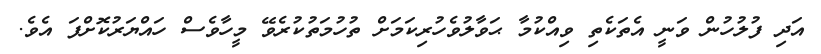
އަދި ފުލުހުން ވަނީ އެތަކެތި ވިއްކުމާ ޙަވާލުވެހުރިކަމަށް ތުހުމަތުކުރެވޭ މީހާވެސް ހައްޔަރުކޮށްފަ އެވެ.